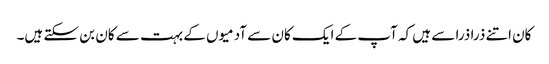
کان اتنے ذرا ذرا سے ہیں کہ آپ کے ایک کان سے آدمیوں کے بہت سے کان بن سکتے ہیں۔